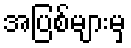
အပြစ်များမှ